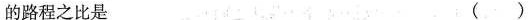
的路程之比是 ( )